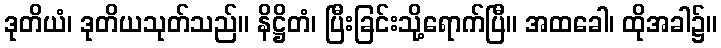
ဒုတိယံ၊ ဒုတိယသုတ်သည်။ နိဋ္ဌိတံ၊ ပြီးခြင်းသို့ရောက်ပြီ။ အထခေါ၊ ထိုအခါ၌။